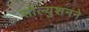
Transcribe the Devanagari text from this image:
सोल्युशनने